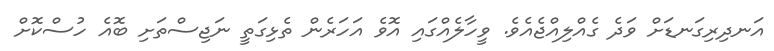
އަނދިރިގަނޑަށް ވަދެ ގެއްލިއްޖެއެވެ. ވީހާލެއްގައި އޮވެ އަހަރެން ތެޅިގަތީ ނަޖިސްތަށި ބޮއެ ހުސްކޮށް